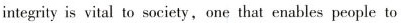
integrity is vital to society,one that enables people to